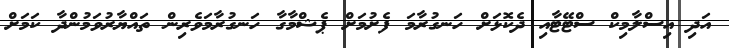
އަދި އިސްލާމިކް ސްޓޭޓާއި ދެކޮޅަށް ހަނގުރާމަ ފެށުމަށް ޕެޝްމާގާ ހަނގުރާމަވެރިން ތައްޔާރުވަމުންދާ ކަމަށް